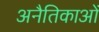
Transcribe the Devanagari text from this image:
अनैतिकाओं